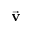
\vec { \bf v }